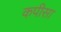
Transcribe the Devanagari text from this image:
कपीसा